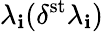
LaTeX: \lambda_{\mathbf{i}}(\delta^{\mathrm{{st}}}\lambda_{\mathbf{i}})